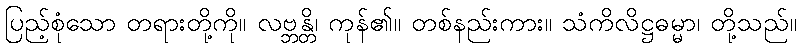
ပြည့်စုံသော တရားတို့ကို။ လဗ္ဘန္တိ၊ ကုန်၏။ တစ်နည်းကား။ သံကိလိဋ္ဌဓမ္မာ၊ တို့သည်။